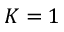
K = 1